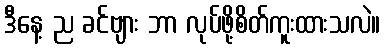
ဒီနေ့ ည ခင်ဗျား ဘာ လုပ်ဖို့စိတ်ကူးထားသလဲ။